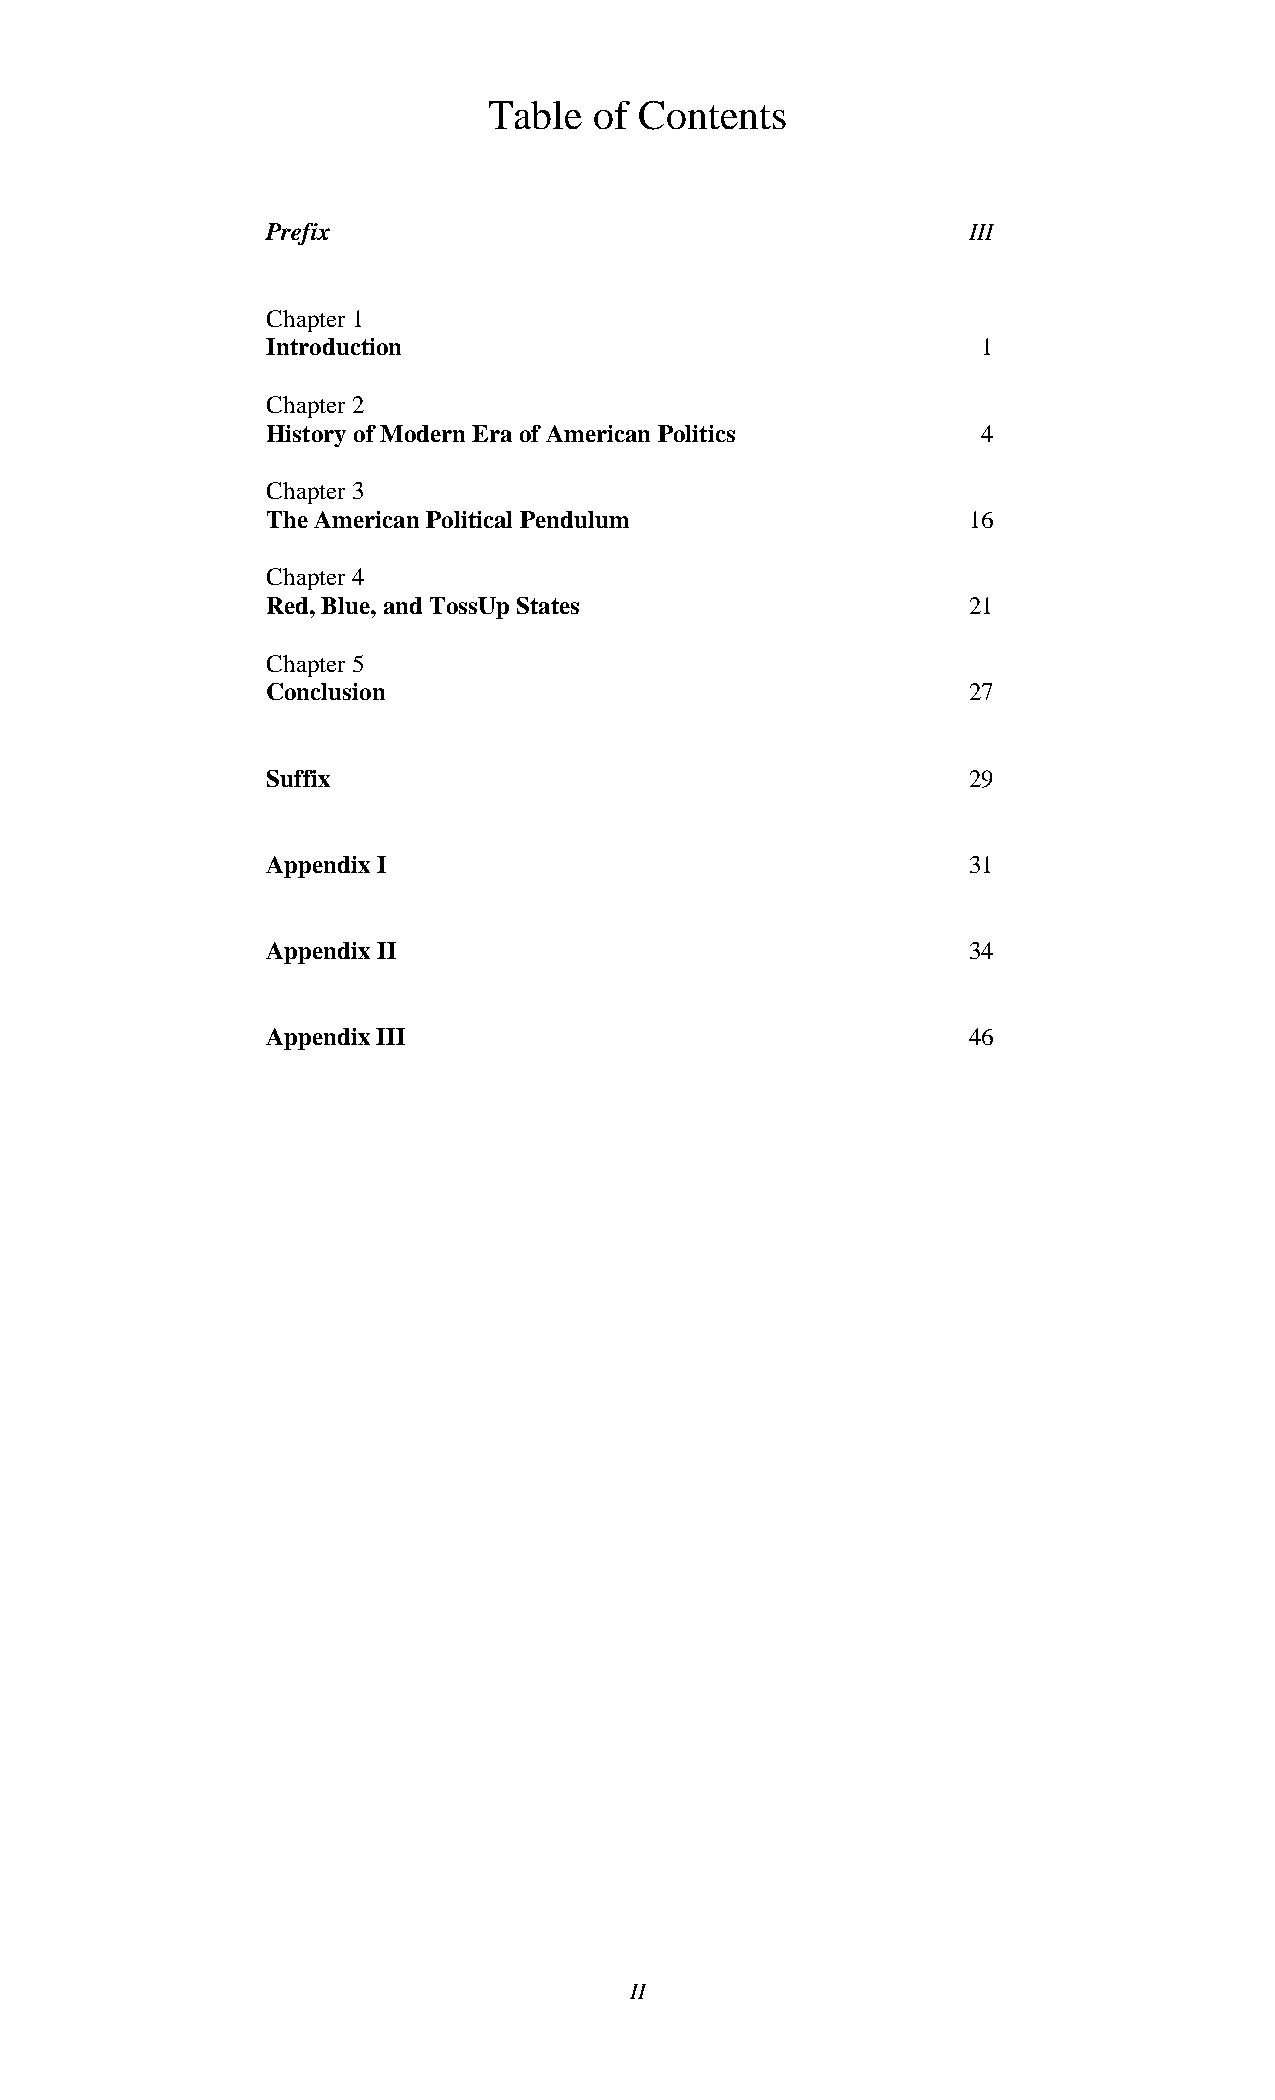
Table  of Contents
 Prefix                                        III
 Chapter 1
 Introduction                                   1
 Chapter 2
 History of Modern Era of American Politics     4
 Chapter 3
 The American Political Pendulum               16
 Chapter 4
 Red, Blue, and TossUp States                  21
 Chapter 5
 Conclusion                                    27
 Suffix                                        29
 Appendix I                                    31
 Appendix II                                   34
 Appendix III                                  46
 II